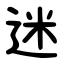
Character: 迷